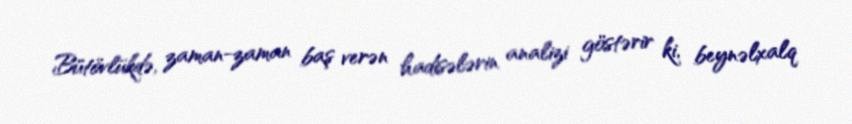
Bütövlükdə, zaman-zaman baş verən hadisələrin analizi göstərir ki, beynəlxalq